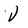
Character: V